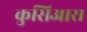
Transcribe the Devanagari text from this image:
कुसिआरा